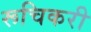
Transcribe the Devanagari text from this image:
रूचिकरी